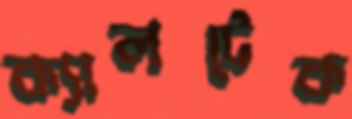
ক্যালটেক